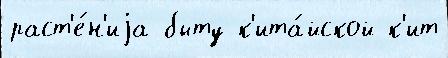
раст'е́н'иjа быту к'ита́йской к'ит